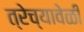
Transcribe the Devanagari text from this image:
त्रेच्यावेळी